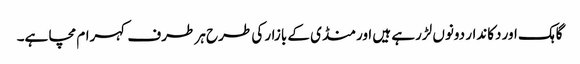
گاہک اور دکاندار دونوں لڑرہے ہیں اور منڈی کے بازار کی طرح ہر طرف کہرام مچا ہے۔